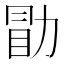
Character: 勖